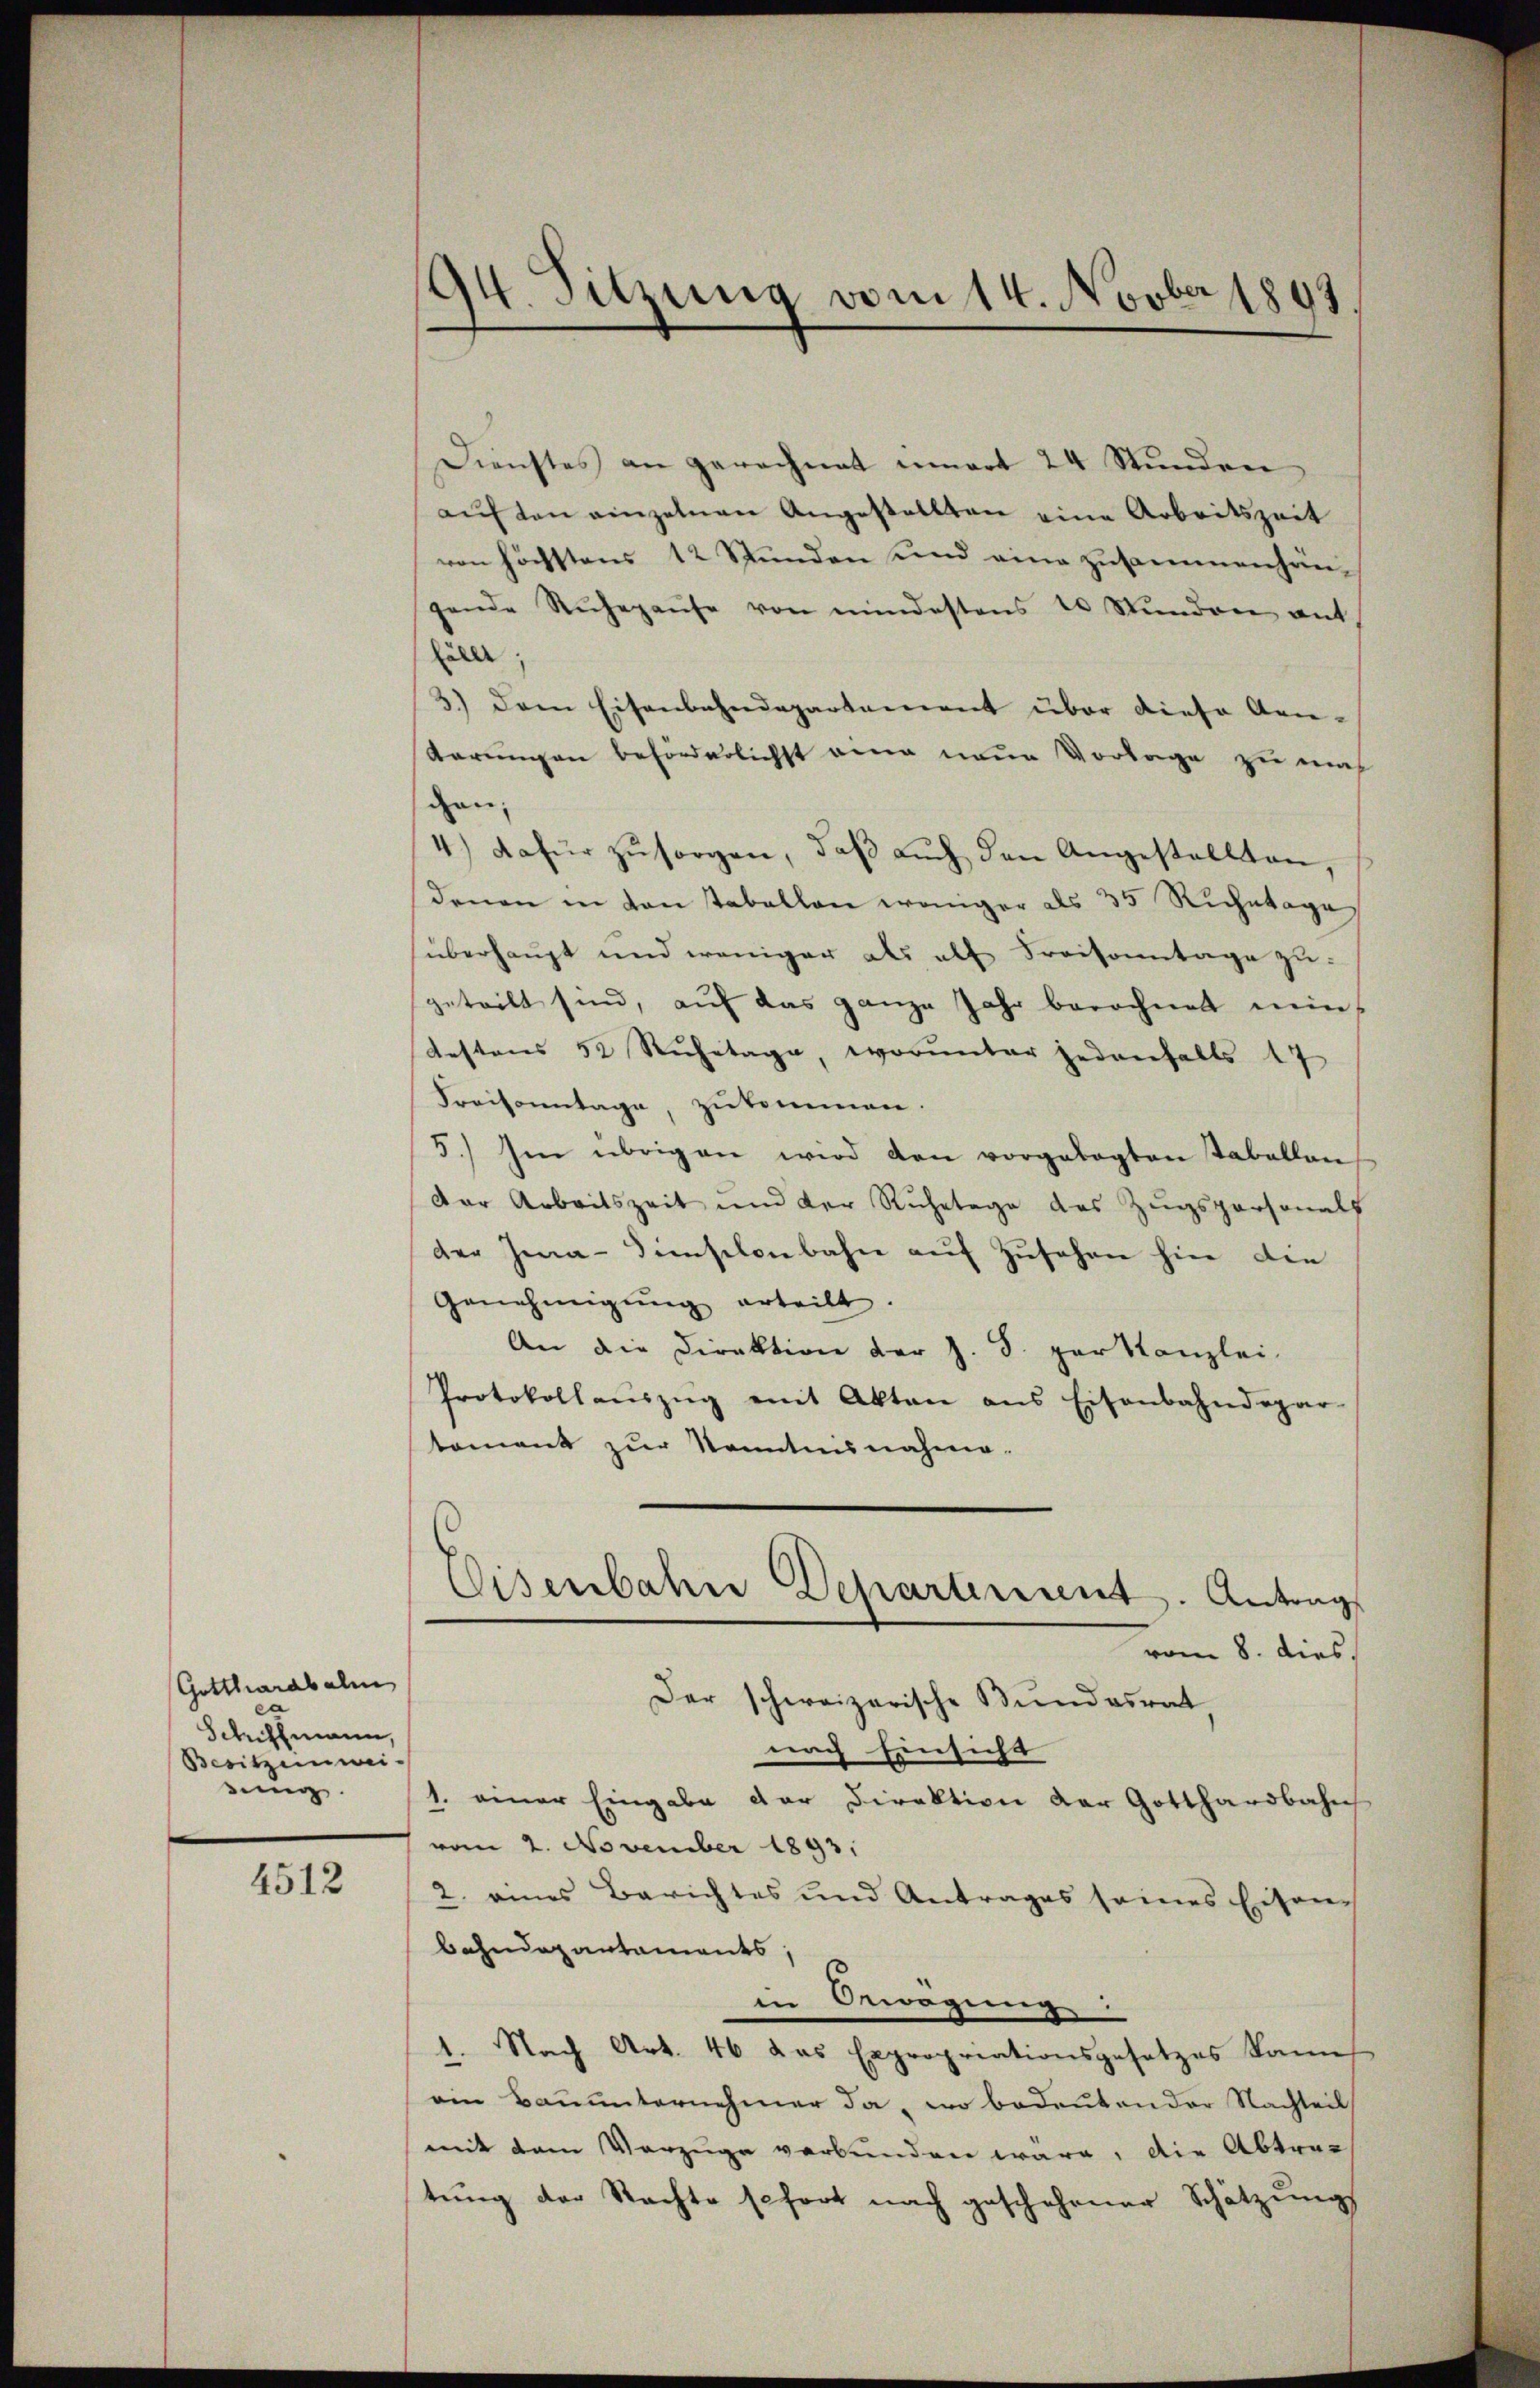
Gotthardbalm
ca
Schiffmann,
Besitzenmei-
ding

4512

194. Sitzung vom 14. Novber 1891

Dienstes an gerechnet innert 24 Stunden
aŭf den einzelnen Angestellten eine Arbeitszeit
von höchstens 12 Stunden und eine zusammenhängende Ruhepause von mindestens 10 Stŭnden ant
fällt:
3.) Dem Eisenbahndepartement über diese An-
Karungen beförderlichst eine neue Vorlage zu mach
gan.
4.) dafür zŭ sorgen, daβ aŭch den Angestellten,
denen in von Tabellen weniger als 35 Ruchetage
überhaupt und weniger als als Fraisonntage zŭ
geteilt sind, auf das ganze Jahr berechnet nein
Gestens 52 Rŭhetage, worunter jedenfalls 17
Fraisonntage, zukommen.
5.) Im übrigen wird den vorgelegten Tabellan
Der Arbeitszeit und der Ruhetage des Zŭgspersonals
der Jea-Sisclonbahn aŭf Zŭsehen hier die
Genehmigŭng erteilt.
An die Direktion der J. S. par Kanzlei
Protokollaŭszŭg mit Akten ans Eisenbahndepar-
tament zur Kenntnisnahme.
Eisenbahne Departement. Antrag
vom 8. dies
Der schweizerische Bundesrat,
nach Einsicht
1. einer Eingabe der Direktion der Gotthardbahn
vom 2. November 1893.
2. eines Berichtes und Antrages seines Eisen-
bahndepartaments,
in Bewegung
1. Nach Art. 46 das Expropriationsgesetzes kame
ein Bauunternehmer da, wo bedeutender Nachteil
mit dem Vorzüge verbunden wäre, die Abtrag
tŭng der Nachte sofort nach geschehener Schätzungs